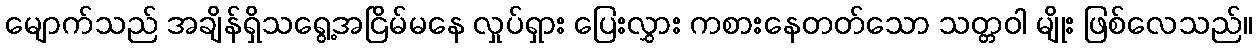
မျောက်သည် အချိန်ရှိသရွေ့အငြိမ်မနေ လှုပ်ရှား ပြေးလွှား ကစားနေတတ်သော သတ္တဝါ မျိုး ဖြစ်လေသည်။